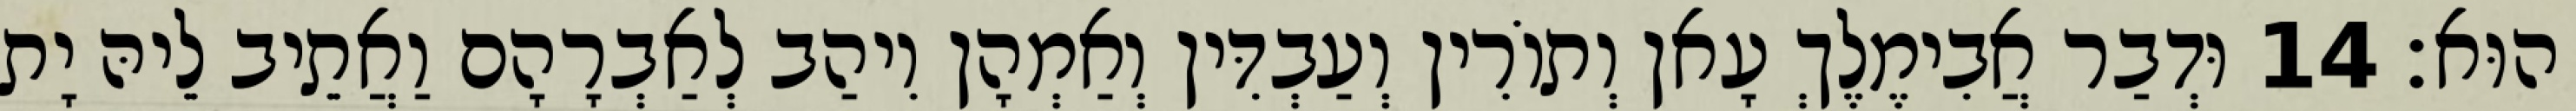
הוּא׃ 14 וּדְבַר אֲבִימֶלֶךְ עָאן וְתוֹרִין וְעַבְדִּין וְאַמְהָן וִיהַב לְאַבְרָהָם וַאֲתֵיב לֵיהּ יָת